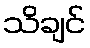
သိချင်